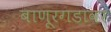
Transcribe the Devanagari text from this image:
बाणूरगडावर